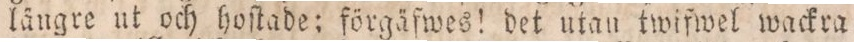
längre ut och hoſtade; förgäfwes! det utan twifwel wackra